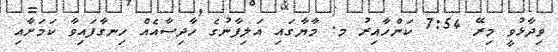
ވިދާޅުވީ މިރޭ 7:54 ކަންހާއިރު މ. މާޔާގައި އަލިފާނުގެ ހާދިސާއެއް ހިނގާފައިވާ ކަމަށާއި